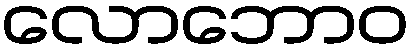
လောဘောဝ